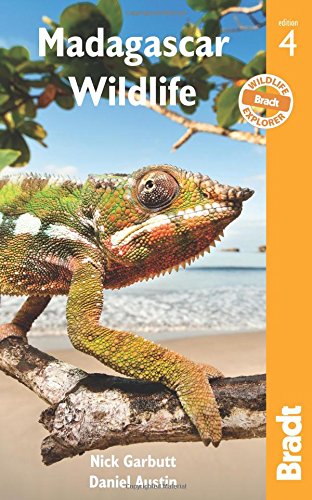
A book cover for Madagascar Wildlife (Bradt Guides); Daniel Austin; Travel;